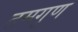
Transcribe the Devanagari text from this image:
तमगुण